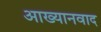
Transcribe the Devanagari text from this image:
आख्यानवाद